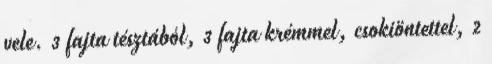
vele. 3 fajta tésztából, 3 fajta krémmel, csokiöntettel, 2